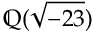
\mathbb { Q } ( { \sqrt { - 2 3 } } )